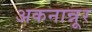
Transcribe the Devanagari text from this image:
अकनान्नूर